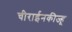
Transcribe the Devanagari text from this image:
चीराईनकीज्हू